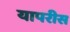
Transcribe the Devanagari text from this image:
यापरीस